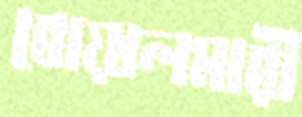
বোয়ালমারী